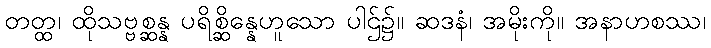
တတ္ထ၊ ထိုသဗ္ဗစ္ဆန္န ပရိစ္ဆိန္နေဟူသော ပါဌ်၌။ ဆဒနံ၊ အမိုးကို။ အနာဟစဿ၊